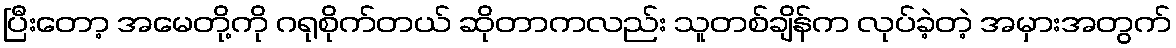
ပြီးတော့ အမေတို့ကို ဂရုစိုက်တယ် ဆိုတာကလည်း သူတစ်ချိန်က လုပ်ခဲ့တဲ့ အမှားအတွက်